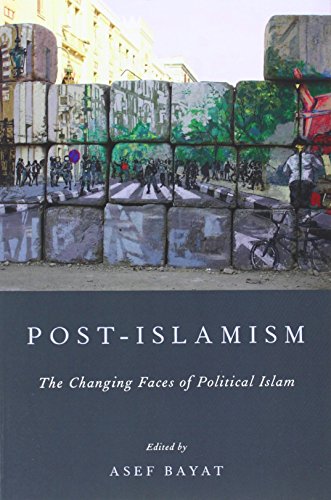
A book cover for Post-Islamism: The Changing Faces of Political Islam; Religion & Spirituality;